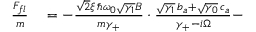
\begin{array} { r l } { \frac { F _ { f l } } { m } } & { { } = - \frac { \sqrt 2 \xi \, \hslash \omega _ { 0 } \sqrt { \gamma _ { 1 } } B } { m \gamma _ { + } } \cdot \frac { \sqrt { \gamma _ { 1 } } \, b _ { a } + \sqrt { \gamma _ { 0 } } \, c _ { a } } { \gamma _ { + } - i \Omega } - } \end{array}